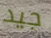
جيد